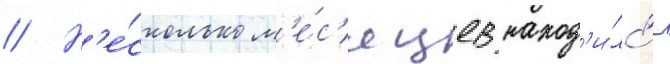
// Н'е́сколько м'е́с'яцев наход'и́лс'я